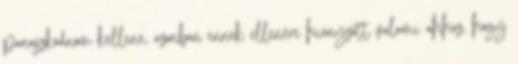
panaszkodnom kellene, azonban ennek ellenére hiányzott valami ahhoz, hogy